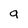
Character: 9